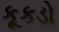
કૂકડો